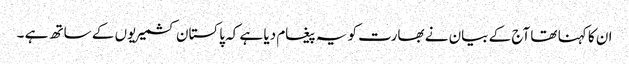
ان کا کہنا تھا آج کے بیان نے بھارت کو یہ پیغام دیا ہے کہ پاکستان کشمیریوں کے ساتھ ہے ۔